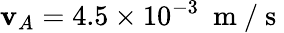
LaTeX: \mathbf{v}_{A}=4.5\times10^{-3}~\mathrm{{~m~}}/\mathrm{{~s~}}